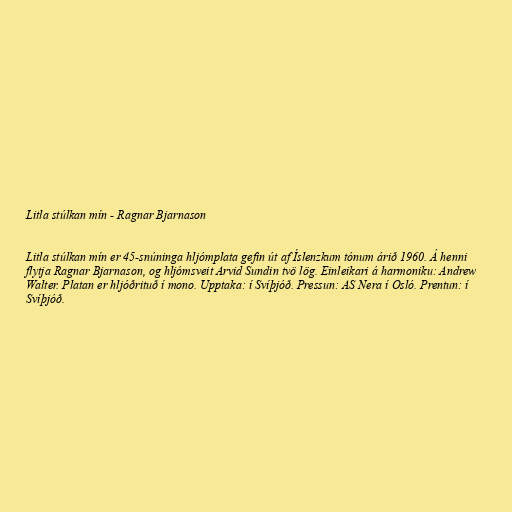
Litla stúlkan mín - Ragnar Bjarnason

Litla stúlkan mín er 45-snúninga hljómplata gefin út af Íslenzkum tónum árið 1960. Á henni
flytja Ragnar Bjarnason, og hljómsveit Arvid Sundin tvö lög. Einleikari á harmoniku: Andrew
Walter. Platan er hljóðrituð í mono. Upptaka: í Svíþjóð. Pressun: AS Nera í Osló. Prentun: í
Svíþjóð.